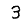
Digit: 3